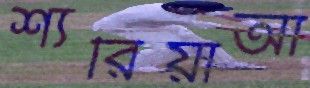
শ্যরিয়াআ